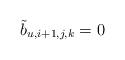
LaTeX: \begin{align*}\tilde b_{u,i+1,j,k}=0 \quad\end{align*}